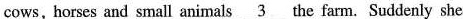
cows, horses and small animals \underline{3} the farm. Suddenly she